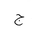
Letter: _gim